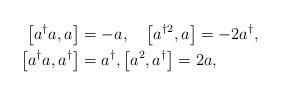
LaTeX: \begin{align*}\left[ a^{\dag}a,a\right] & =-a,\quad\left[ a^{\dag2},a\right]=-2a^{\dag},\quad\\\left[ a^{\dag}a,a^{\dag}\right] & =a^{\dag},\left[a^{2},a^{\dag}\right] =2a,\end{align*}